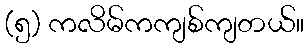
(၅) ကလိမ်ကကျစ်ကျတယ်။